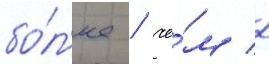
бо́л'ее / че́м 2